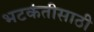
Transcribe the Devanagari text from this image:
भटकंतीसाठी